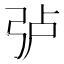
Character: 𱝜